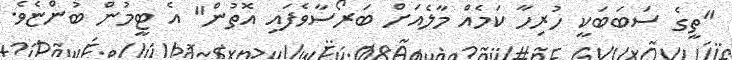
"ތީގެ ސަބަބަކީ ހުރިހާ ކަމެއް މާލެއަށް ބަރޯސާވެފައި އޮތުން" އެ ޓީމުން ބުންޏެވެ.